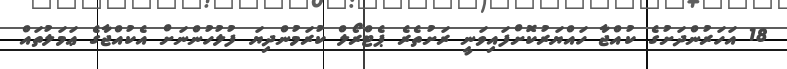
18 އަހަރުންދަށުގެ ކުއްޖާ ހައްޔަރުކޮށްފައިވަނީ ރަށުތެރެ ޕެޓްރޯލް ކުރަމުންދިޔަ ފުލުހުންނަށް އެކުއްޖާގެ ޢަމަލުތައް